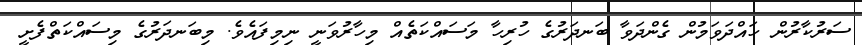
ސަރުކާރުން ހައްދަވަމުން ގެންދަވާ ބަނދަރުގެ ހުރިހާ މަސައްކަތެއް މިހާރުވަނީ ނިމިފައެވެ. މިބަނދަރުގެ މިސައްކަތްފެށީ